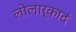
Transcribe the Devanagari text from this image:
लोलार्कादं